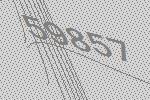
59857